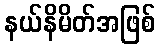
နယ်နိမိတ်အဖြစ်